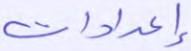
إعدادات